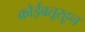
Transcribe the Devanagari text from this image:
कोईंबतूरहून